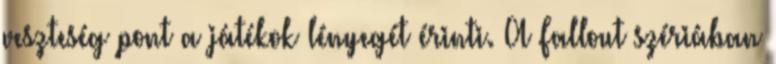
veszteség pont a játékok lényegét érinti. A Fallout szériában